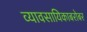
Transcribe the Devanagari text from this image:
व्यावसायिकाबरोबर